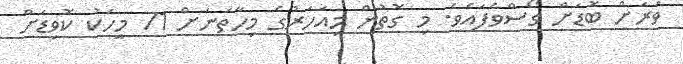
ވަރަށް ބޮޑަށް ގޯސްވެފައެވެ. މި ގޮތުން މިއަހަރުގެ މިހާތަނަށް 71 މީހަކު ކޮވިޑަށް